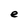
Character: e